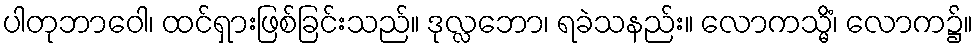
ပါတုဘာဝေါ၊ ထင်ရှားဖြစ်ခြင်းသည်။ ဒုလ္လဘော၊ ရခဲသနည်း။ လောကသ္မိံ၊ လောက၌။